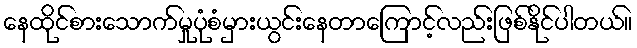
နေထိုင်စားသောက်မှုပုံစံမှားယွင်းနေတာကြောင့်လည်းဖြစ်နိုင်ပါတယ်။